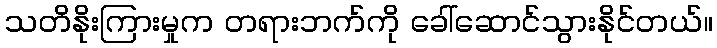
သတိနိုးကြားမှုက တရားဘက်ကို ခေါ်ဆောင်သွားနိုင်တယ်။